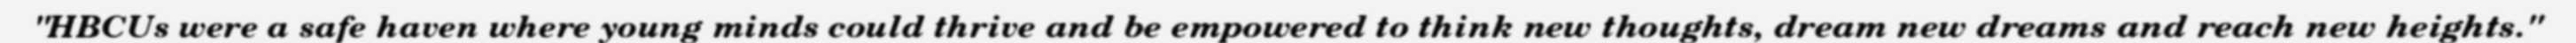
"HBCUs were a safe haven where young minds could thrive and be empowered to think new thoughts, dream new dreams and reach new heights."